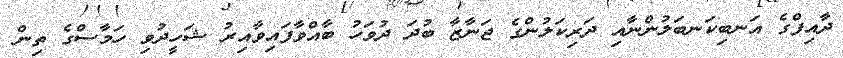
ދާއިފްގެ އަނބިކަނބަލުންނާއި ދަރިކަލުންގެ ޖަނާޒާ ބުދަ ދުވަހު ބާއްވާފައިވާއިރު ޝަހީދުވި ހަމާސްގެ ތިން